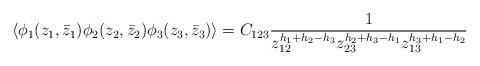
LaTeX: \begin{align*}\langle\phi_{1}(z_{1},\bar{z}_{1})\phi_{2}(z_{2},\bar{z}_{2})\phi_{3}(z_{3},\bar{z}_{3})\rangle=C_{123}\frac{1}{z_{12}^{h_{1}+h_{2}-h_{3}}z_{23}^{h_{2}+h_{3}-h_{1}}z_{13}^{h_{3}+h_{1}-h_{2}}}\end{align*}